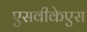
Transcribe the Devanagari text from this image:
एसवीकेएस